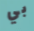
بي